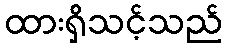
ထားရှိသင့်သည်